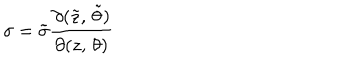
\sigma = { \tilde { \sigma } } \frac { \partial ( { \tilde { z } } , \, { \tilde { \theta } } ) } { \partial ( z , \, \theta ) }